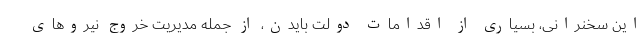
این سخنرانی، بسیاری از اقدامات دولت بایدن، از جمله مدیریت خروج نیروهای